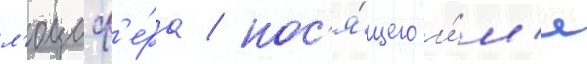
л'юциф'е́ра / нос'я́щего и́м'я